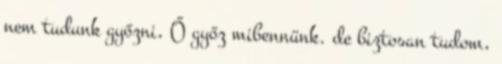
nem tudunk győzni, Ő győz mibennünk. de biztosan tudom,